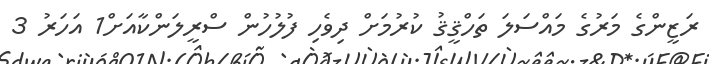
ރަޒީންގެ މަރުގެ މައްސަލަ ތަހްޤީޤު ކުރުމަށް ދިވެހި ފުލުހުން ސްރީލަންކާއަށް1 އަހަރު 3